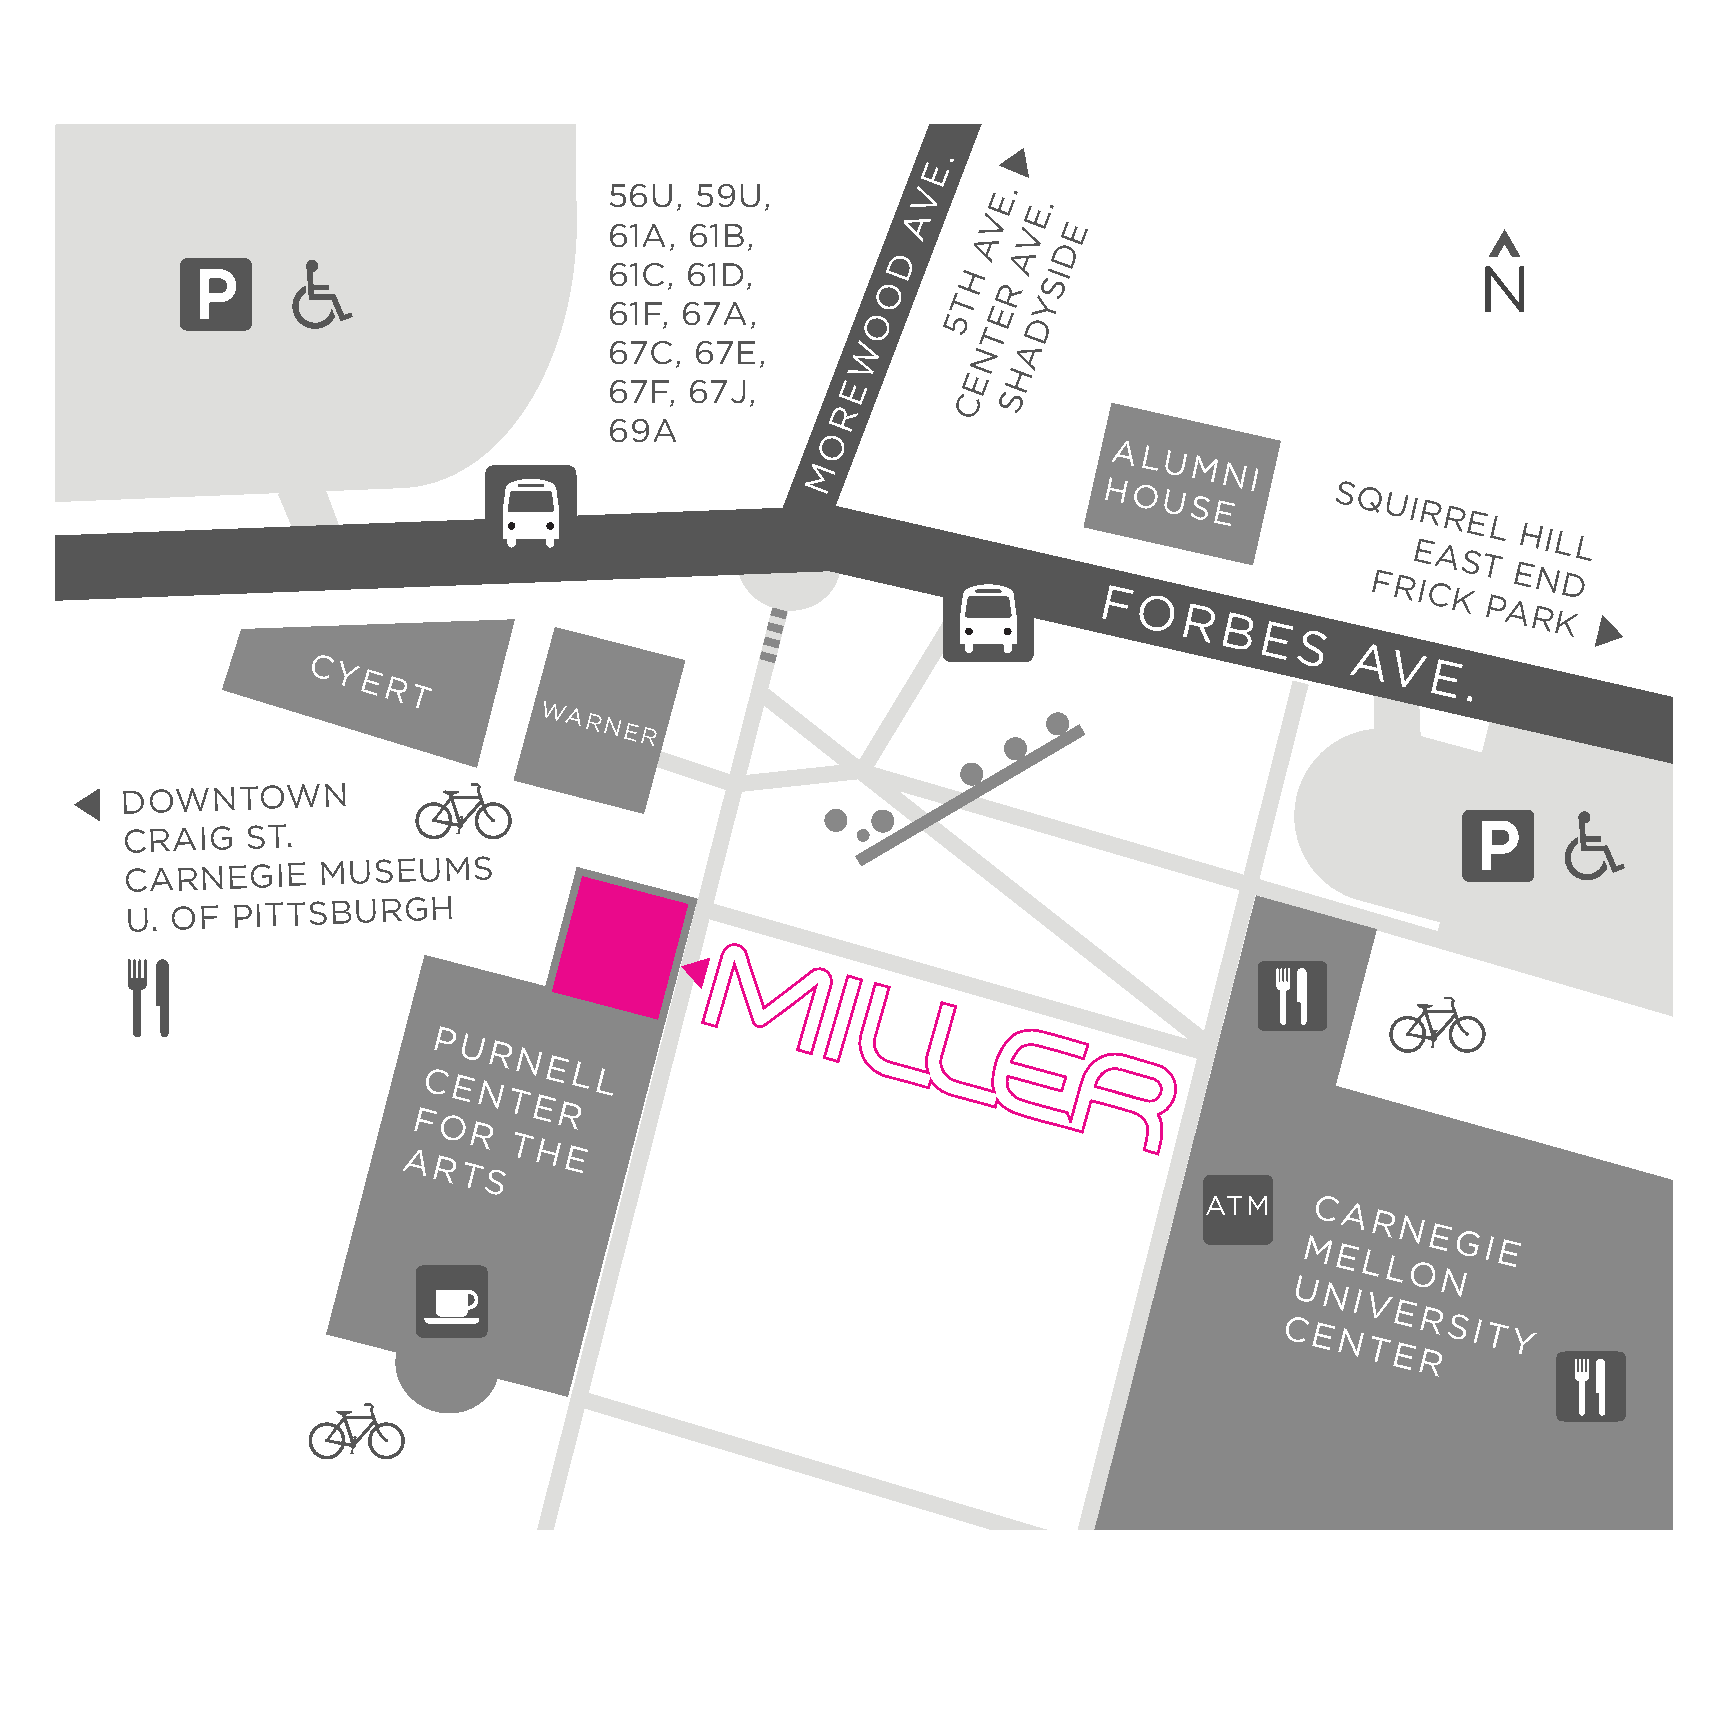
.
 E
 56U,  59U,          V    E.
 .
 A    V  E
 61A,  61B,                 V  E
 D
 A
 A  D
 61C, 61D,
 O
 H
 R
 SI                           N
 61F, 67A,        O     5T E DY
 T
 67C,  67E,       W      N  A
 E  H
 67F,  67J,      E
 C  S
 R
 69A
 O
 ALU
 M                        MNI
 FH O OU RSE
 B
 S Q FU RI
 E
 IR CAR KSE
 T
 PL
 A
 EH RNIL
 KDL
 E
 S
 A
 C Y                                                                     V E.
 E
 R
 T
 WARNER
 DOWNTOWN
 CRAIG   ST.
 CARNEGIE
 MUSEUMS
 U. OF
 PITTSBURGH
 P
 U
 R
 N
 C
 E
 ELL
 N
 T
 E
 F         R
 O
 R
 T
 H
 A          E
 R
 TS
 ATM    C
 A
 R
 N
 E
 M ELL
 GI
 E
 O
 N
 U
 NI
 V
 E
 C
 E
 RSIT
 NT          Y
 E
 R